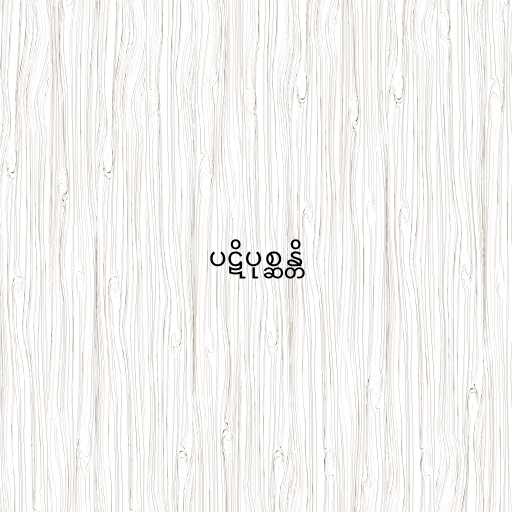
ပဋိပုစ္ဆန္တိ